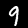
Label: 9